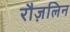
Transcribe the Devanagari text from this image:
रौज़लिन